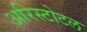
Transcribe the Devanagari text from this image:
अरिस्टोटल